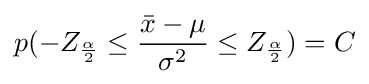
p(-Z_{\frac {\alpha }{2}}\leq {\frac {{\bar {x}}-\mu }{\sigma ^{2}}}\leq Z_{\frac {\alpha }{2}})=C